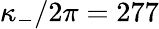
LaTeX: \kappa_{-}/2\pi=277